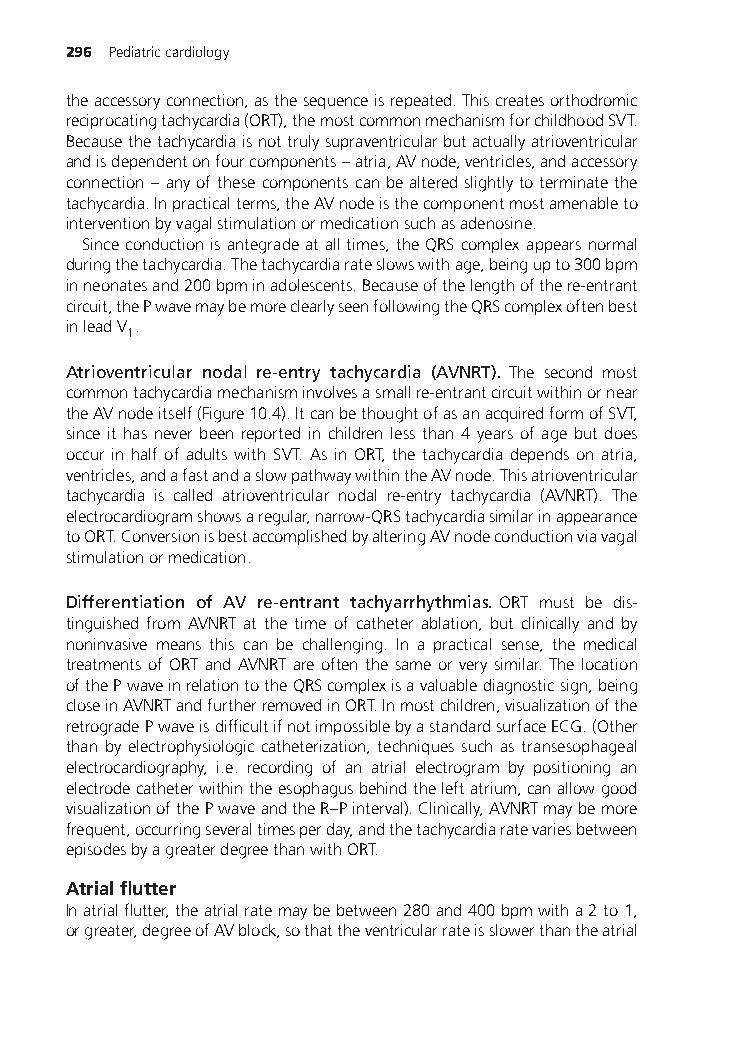
296 Pediatriccardiology
 theaccessoryconnection,asthesequenceisrepeated.Thiscreatesorthodromic
 reciprocatingtachycardia(ORT),themostcommonmechanismforchildhoodSVT.
 Becausethetachycardiaisnottrulysupraventricularbutactuallyatrioventricular
 andisdependentonfourcomponents–atria,AVnode,ventricles,andaccessory
 connection – anyofthesecomponentscanbealteredslightlytoterminatethe
 tachycardia.Inpracticalterms,theAVnodeisthecomponentmostamenableto
 interventionbyvagalstimulationormedicationsuchasadenosine.
 Sinceconductionisantegradeatalltimes,theQRScomplexappearsnormal
 duringthetachycardia.Thetachycardiarateslowswithage,beingupto300bpm
 inneonatesand200bpminadolescents.Becauseofthelengthofthere-entrant
 circuit,thePwavemaybemoreclearlyseenfollowingtheQRScomplexoftenbest
 inleadV .
 1
 Atrioventricular nodal re-entry tachycardia (AVNRT). The second most
 commontachycardiamechanisminvolvesasmallre-entrantcircuitwithinornear
 theAVnodeitself(Figure10.4).ItcanbethoughtofasanacquiredformofSVT,
 since it has never been reported in children less than 4 years of age but does
 occur in half of adults with SVT. As in ORT, the tachycardia depends on atria,
 ventricles,andafastandaslowpathwaywithintheAVnode.Thisatrioventricular
 tachycardia is called atrioventricular nodal re-entry tachycardia (AVNRT). The
 electrocardiogramshowsaregular,narrow-QRStachycardiasimilarinappearance
 toORT.ConversionisbestaccomplishedbyalteringAVnodeconductionviavagal
 stimulationormedication.
 Differentiation of AV re-entrant tachyarrhythmias. ORT must be dis-
 tinguished from AVNRT at the time of catheter ablation, but clinically and by
 noninvasive means this can be challenging. In a practical sense, the medical
 treatments of ORT and AVNRT are often the same or very similar. The location
 ofthePwaveinrelationtotheQRScomplexisavaluablediagnosticsign,being
 closeinAVNRTandfurtherremovedinORT.Inmostchildren,visualizationofthe
 retrogradePwaveisdifficultifnotimpossiblebyastandardsurfaceECG.(Other
 than by electrophysiologic catheterization, techniques such as transesophageal
 electrocardiography, i.e. recording of an atrial electrogram by positioning an
 electrodecatheterwithintheesophagusbehindtheleftatrium,canallowgood
 visualizationofthePwaveandtheR–Pinterval).Clinically,AVNRTmaybemore
 frequent,occurringseveraltimesperday,andthetachycardiaratevariesbetween
 episodesbyagreaterdegreethanwithORT.
 Atrialflutter
 Inatrialflutter,theatrialratemaybebetween280and400bpmwitha2to1,
 orgreater,degreeofAVblock,sothattheventricularrateisslowerthantheatrial